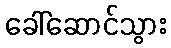
ခေါ်ဆောင်သွား